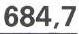
684,7